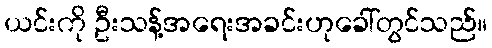
ယင်းကို ဦးသန့်အရေးအခင်းဟုခေါ်တွင်သည်။